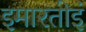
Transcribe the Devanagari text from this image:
इमारतोइं